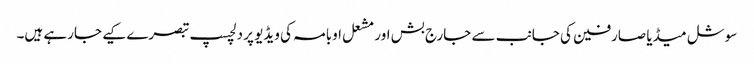
سوشل میڈیا صارفین کی جانب سے جارج بش اور مشعل اوبامہ کی ویڈیو پر دلچسپ تبصرے کیے جارہے ہیں۔